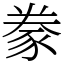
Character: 豢